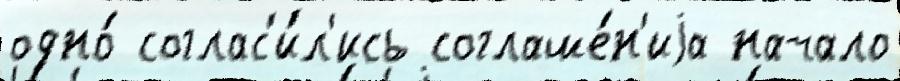
одно́ соглас'и́л'ись соглаше́н'иjа начало